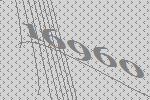
16960